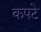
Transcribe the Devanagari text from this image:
कपटे